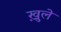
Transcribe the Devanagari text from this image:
ख़ुले